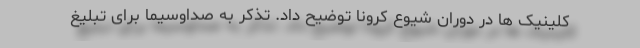
کلینیک ها در دوران شیوع کرونا توضیح داد. تذکر به صداوسیما برای تبلیغ